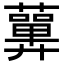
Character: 𧂳